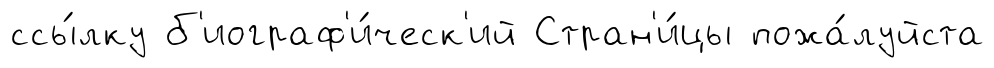
ссы́лку б'иограф'и́ческ'ий Стран'и́цы пожа́луйста